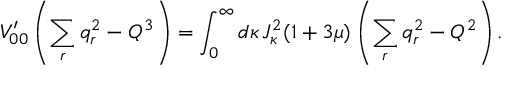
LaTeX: V _ { 0 0 } ^ { \prime } \left( \sum _ { r } q _ { r } ^ { 2 } - Q ^ { 3 } \right) = \int _ { 0 } ^ { \infty } d \kappa \, J _ { \kappa } ^ { 2 } ( 1 + 3 \mu ) \left( \sum _ { r } q _ { r } ^ { 2 } - Q ^ { 2 } \right) .